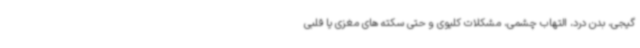
گیجی، بدن درد، التهاب چشمی، مشکلات کلیوی و حتی سکته های مغزی یا قلبی